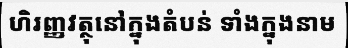
ហិរញ្ញវត្ថុនៅក្នុងតំបន់ ទាំងក្នុងនាម